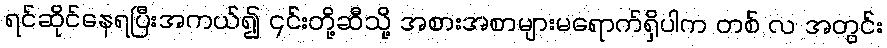
ရင်ဆိုင်နေရပြီးအကယ်၍ ၎င်းတို့ဆီသို့ အစားအစာများမရောက်ရှိပါက တစ် လ အတွင်း